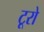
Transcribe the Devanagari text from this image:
टूरो